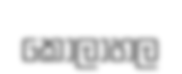
කෝලාහල